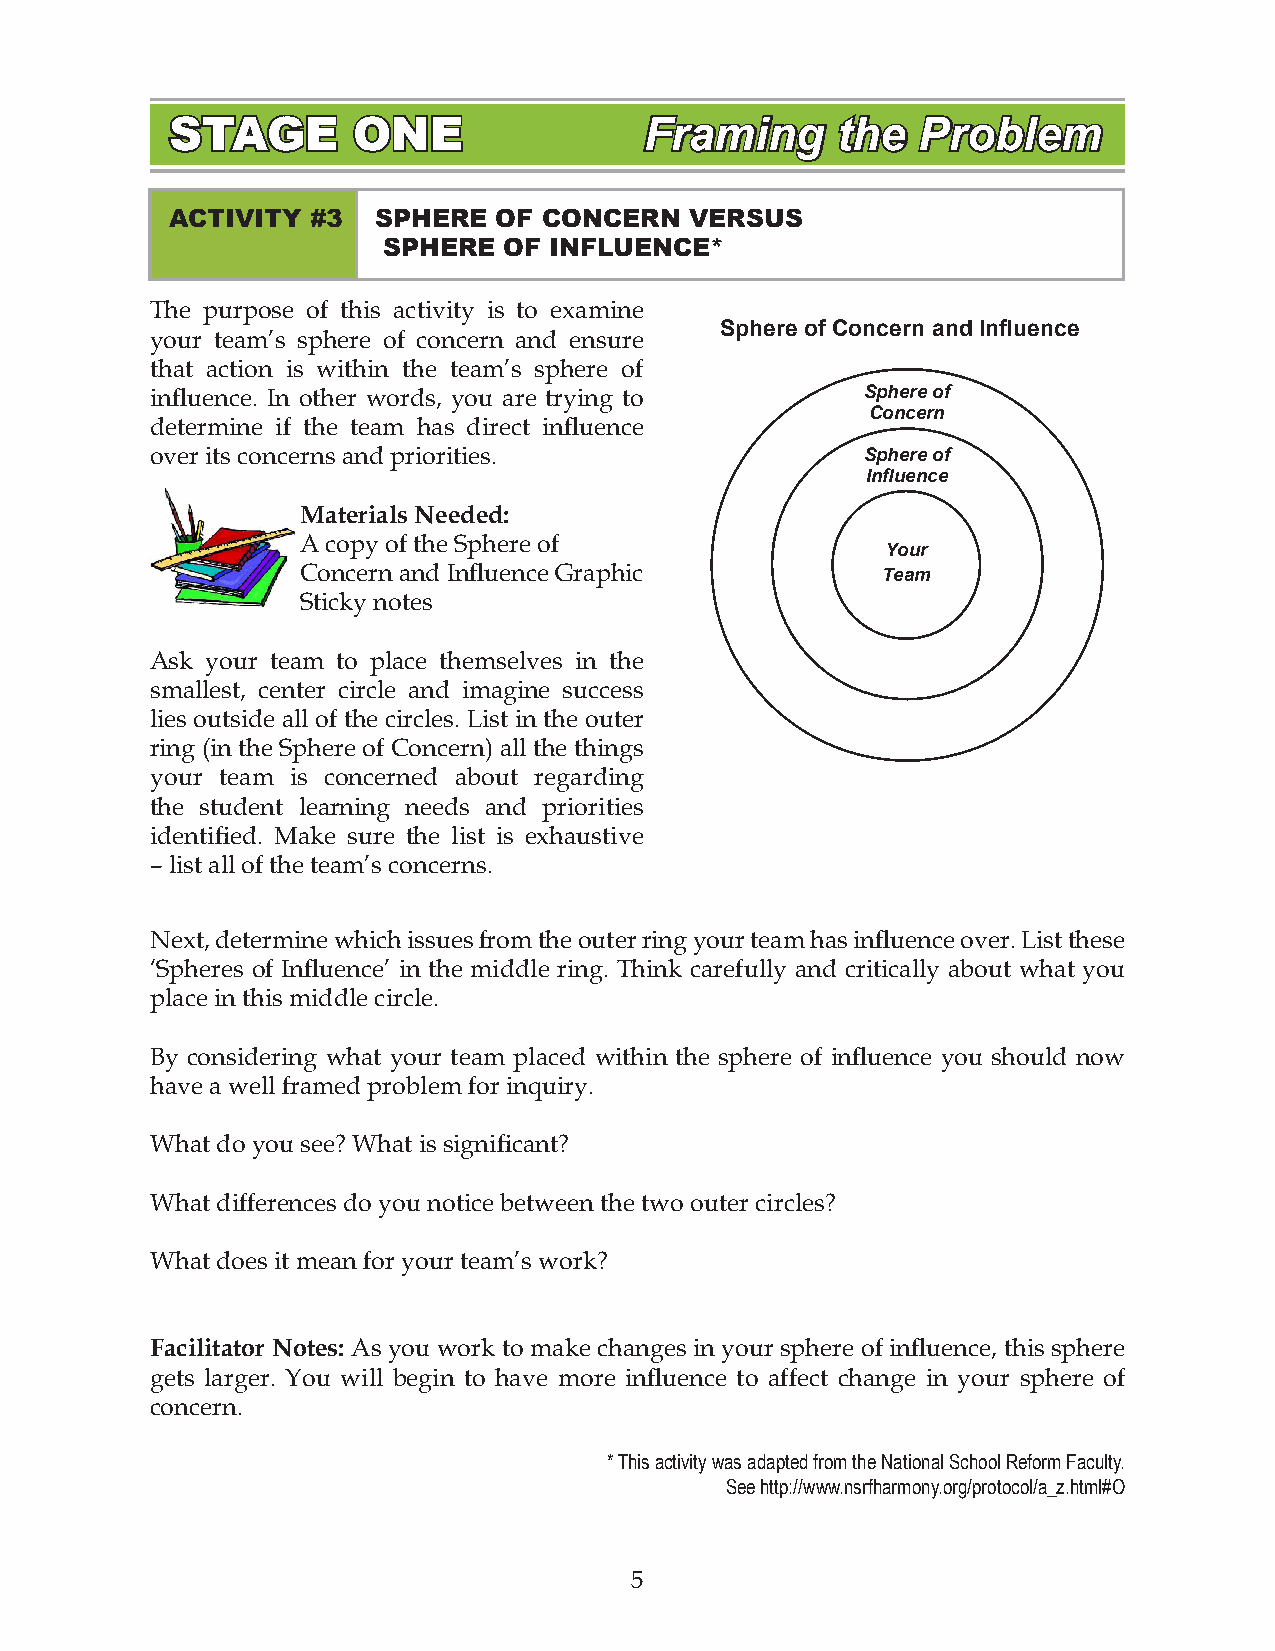
STAGE       ONE                 Framing     the   Problem
 ACTIVITY  #3  SPHERE  OF CONCERN   VERSUS
 SPHERE  OF INFLUENCE*
 The purpose of this activity is to examine
 Sphere of Concern and Influence
 your team’s sphere of concern and ensure
 that action is within the team’s sphere of
 influence. In other words, you are trying to   Sphere of
 Concern
 determine if the team has direct influence
 over its concerns and priorities.              Sphere of
 Influence
 Materials Needed:
 A copy of the Sphere of
 Your
 Concern and Influence Graphic         Team
 Sticky notes
 Ask your team to place themselves in the
 smallest, center circle and imagine success
 lies outside all of the circles. List in the outer
 ring (in the Sphere of Concern) all the things
 your team is concerned about regarding
 the student learning needs and priorities
 identified. Make sure the list is exhaustive
 – list all of the team’s concerns.
 Next, determine which issues from the outer ring your team has influence over. List these
 ‘Spheres of Influence’ in the middle ring. Think carefully and critically about what you
 place in this middle circle.
 By considering what your team placed within the sphere of influence you should now
 have a well framed problem for inquiry.
 What do you see? What is significant?
 What differences do you notice between the two outer circles?
 What does it mean for your team’s work?
 Facilitator Notes: As you work to make changes in your sphere of influence, this sphere
 gets larger. You will begin to have more influence to affect change in your sphere of
 concern.
 * This activity was adapted from the National School Reform Faculty.
 See http://www.nsrfharmony.org/protocol/a_z.html#O
 